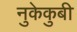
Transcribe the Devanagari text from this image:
नुकेकुबी